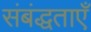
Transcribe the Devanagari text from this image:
संबंद्धताएँ